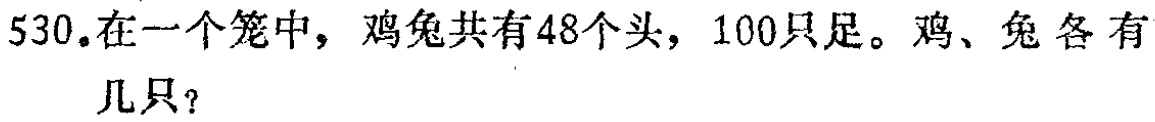
530.在一个笼中，鸡兔共有48个头，100只足。鸡、兔各有几只？